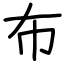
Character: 布